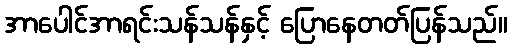
အာပေါင်အာရင်းသန်သန်နှင့် ပြောနေတတ်ပြန်သည်။